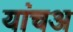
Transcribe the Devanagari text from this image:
यांचअ